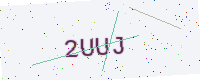
Text: 2UUJ